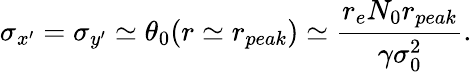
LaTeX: \sigma_{x^{\prime}}=\sigma_{y^{\prime}}\simeq\theta_{0}(r\simeq r_{peak})\simeq\frac{r_{e}N_{0}r_{peak}}{\gamma\sigma_{0}^{2}}.